Report of the Indian Hemp Drugs Commission, 1894-1895 - Volume I
Year: 1894
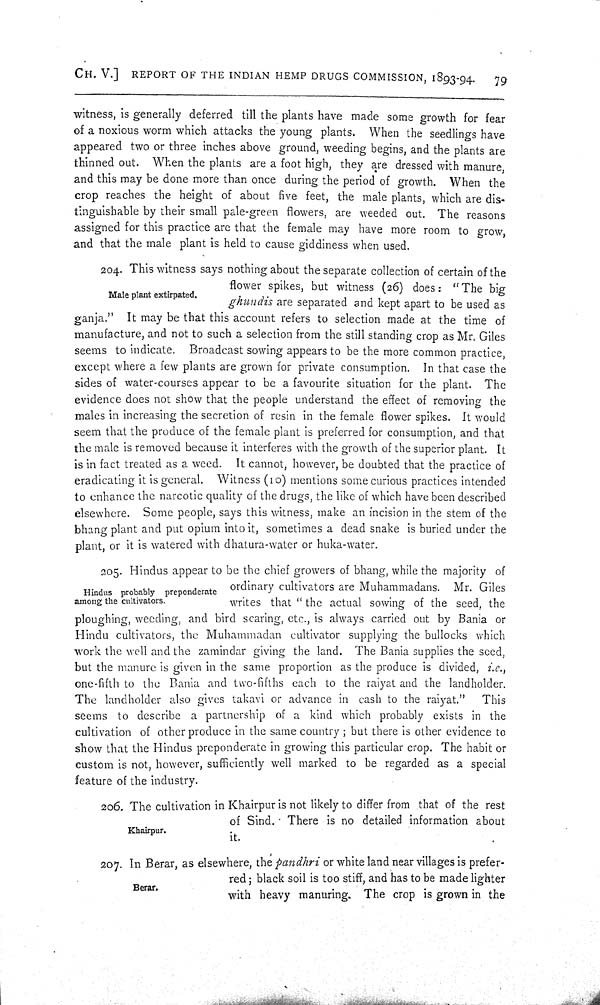
CH. V.] REPORT OF THE INDIAN HEMP DRUGS COMMISSION, 1893-94.
79
witness, is generally deferred till the plants have made some growth for fear
of a noxious worm which attacks the young plants. When the seedlings have
appeared two or three inches above ground, weeding begins, and the plants are
thinned out. When the plants are a foot high, they are dressed with manure,
and this may be done more than once during the period of growth. When the
crop reaches the height of about five feet, the male plants, which are dis-
tinguishable by their small pale-green flowers, are weeded out. The reasons
assigned for this practice are that the female may have more room to grow,
and that the male plant is held to cause giddiness when used.
Male plant extirpated.
204. This witness says nothing about the separate collection of certain of the
flower spikes, but witness (26) does: "The big
ghundis are separated and kept apart to be used as
ganja." It may be that this account refers to selection made at the time of
manufacture, and not to such a selection from the still standing crop as Mr. Giles
seems to indicate. Broadcast sowing appears to be the more common practice,
except where a few plants are grown for private consumption. In that case the
sides of water-courses appear to be a favourite situation for the plant. The
evidence does not show that the people understand the effect of removing the
males in increasing the secretion of resin in the female flower spikes. It would
seem that the produce of the female plant is preferred for consumption, and that
the male is removed because it interferes with the growth of the superior plant. It
is in fact treated as a weed. It cannot, however, be doubted that the practice of
eradicating it is general. Witness (10) mentions some curious practices intended
to enhance the narcotic quality of the drugs, the like of which have been described
elsewhere. Some people, says this witness, make an incision in the stem of the
bhang plant and put opium into it, sometimes a dead snake is buried under the
plant, or it is watered with dhatura-water or huka-water.
Hindus probably preponderate
among the cultivators.
205. Hindus appear to be the chief growers of bhang, while the majority of
ordinary cultivators are Muhammadans. Mr. Giles
writes that "the actual sowing of the seed, the
ploughing, weeding, and bird scaring, etc., is always carried out by Bania or
Hindu cultivators, the Muhammadan cultivator supplying the bullocks which
work the well and the zamindar giving the land. The Bania supplies the seed,
but the manure is given in the same proportion as the produce is divided, i.e.,
one-fifth to the Bania and two-fifths each to the raiyat and the landholder.
The landholder also gives takavi or advance in cash to the raiyat."
This
seems to describe a partnership of a kind which probably exists in the
cultivation of other produce in the same country; but there is other evidence to
show that the Hindus preponderate in growing this particular crop. The habit or
custom is not, however, sufficiently well marked to be regarded as a special
feature of the industry.
Khairpur.
206. The cultivation in Khairpur is not likely to differ from that of the rest
of Sind. There is no detailed information about
it.
Berar.
207. In Berar, as elsewhere, the pandhri or white land near villages is prefer-
red; black soil is too stiff, and has to be made lighter
with heavy manuring. The crop is grown in the